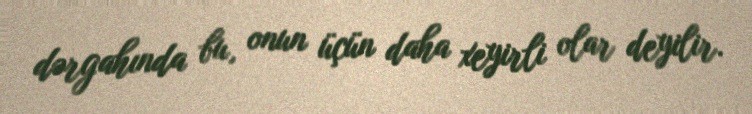
dərgahında bu, onun üçün daha xeyirli olar deyilir.